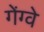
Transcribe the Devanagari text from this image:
गेंग्वे